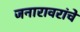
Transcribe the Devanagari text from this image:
जनारावरांचे